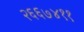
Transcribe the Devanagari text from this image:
२६६७४११